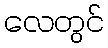
လေတွင်